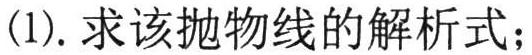
(1). 求该抛物线的解析式；